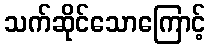
သက်ဆိုင်သောကြောင့်